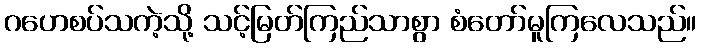
ဂဟေစပ်သကဲ့သို့ သင့်မြတ်ကြည်သာစွာ စံတော်မူကြလေသည်။